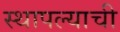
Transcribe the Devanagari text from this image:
स्थापल्याची